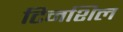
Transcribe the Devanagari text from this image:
टिनशिल